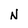
Character: N